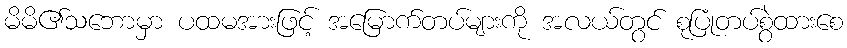
မိမိ၏သဘောမှာ ပထမအားဖြင့် အမြောက်တပ်များကို အလယ်တွင် စုပြုံတပ်စွဲထားစေ